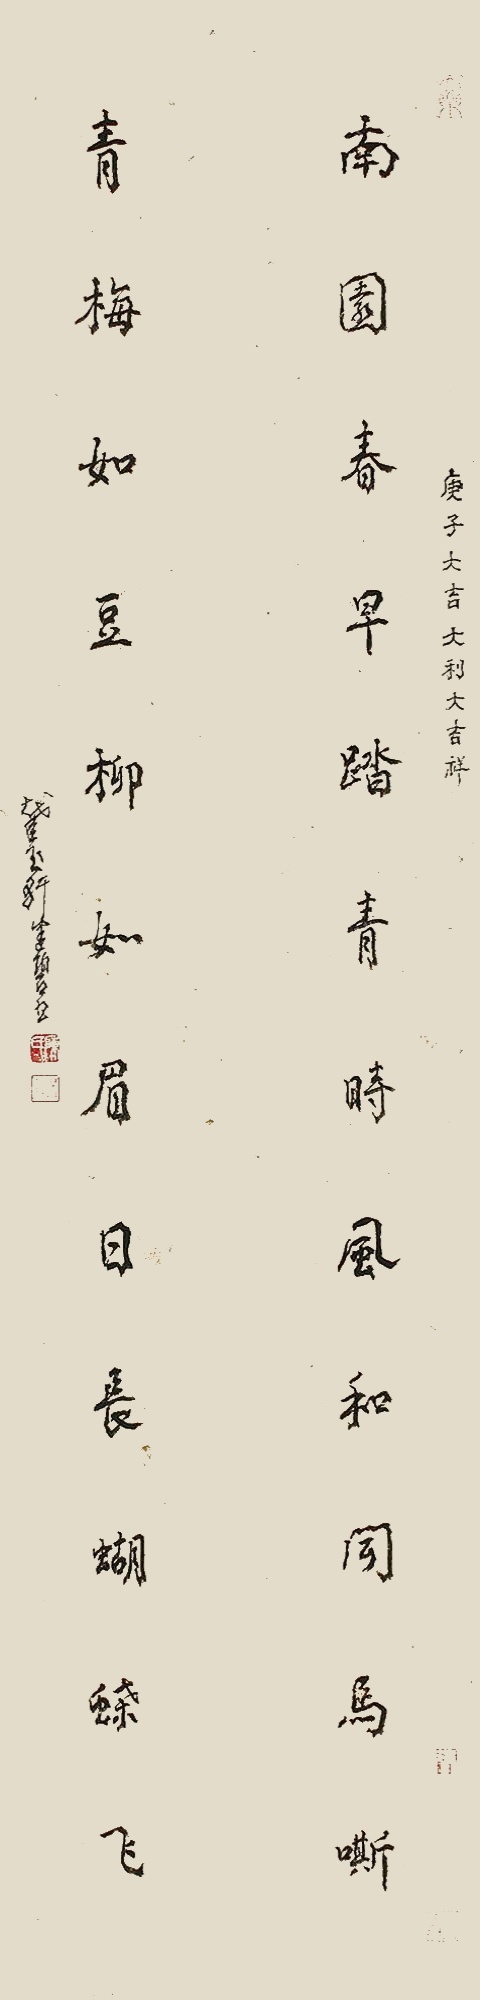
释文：南园春早踏青时，风和闻马嘶。青梅如豆柳如眉，日长蝴蝶飞。庚子大吉大利大吉祥，截玉轩健碧书。